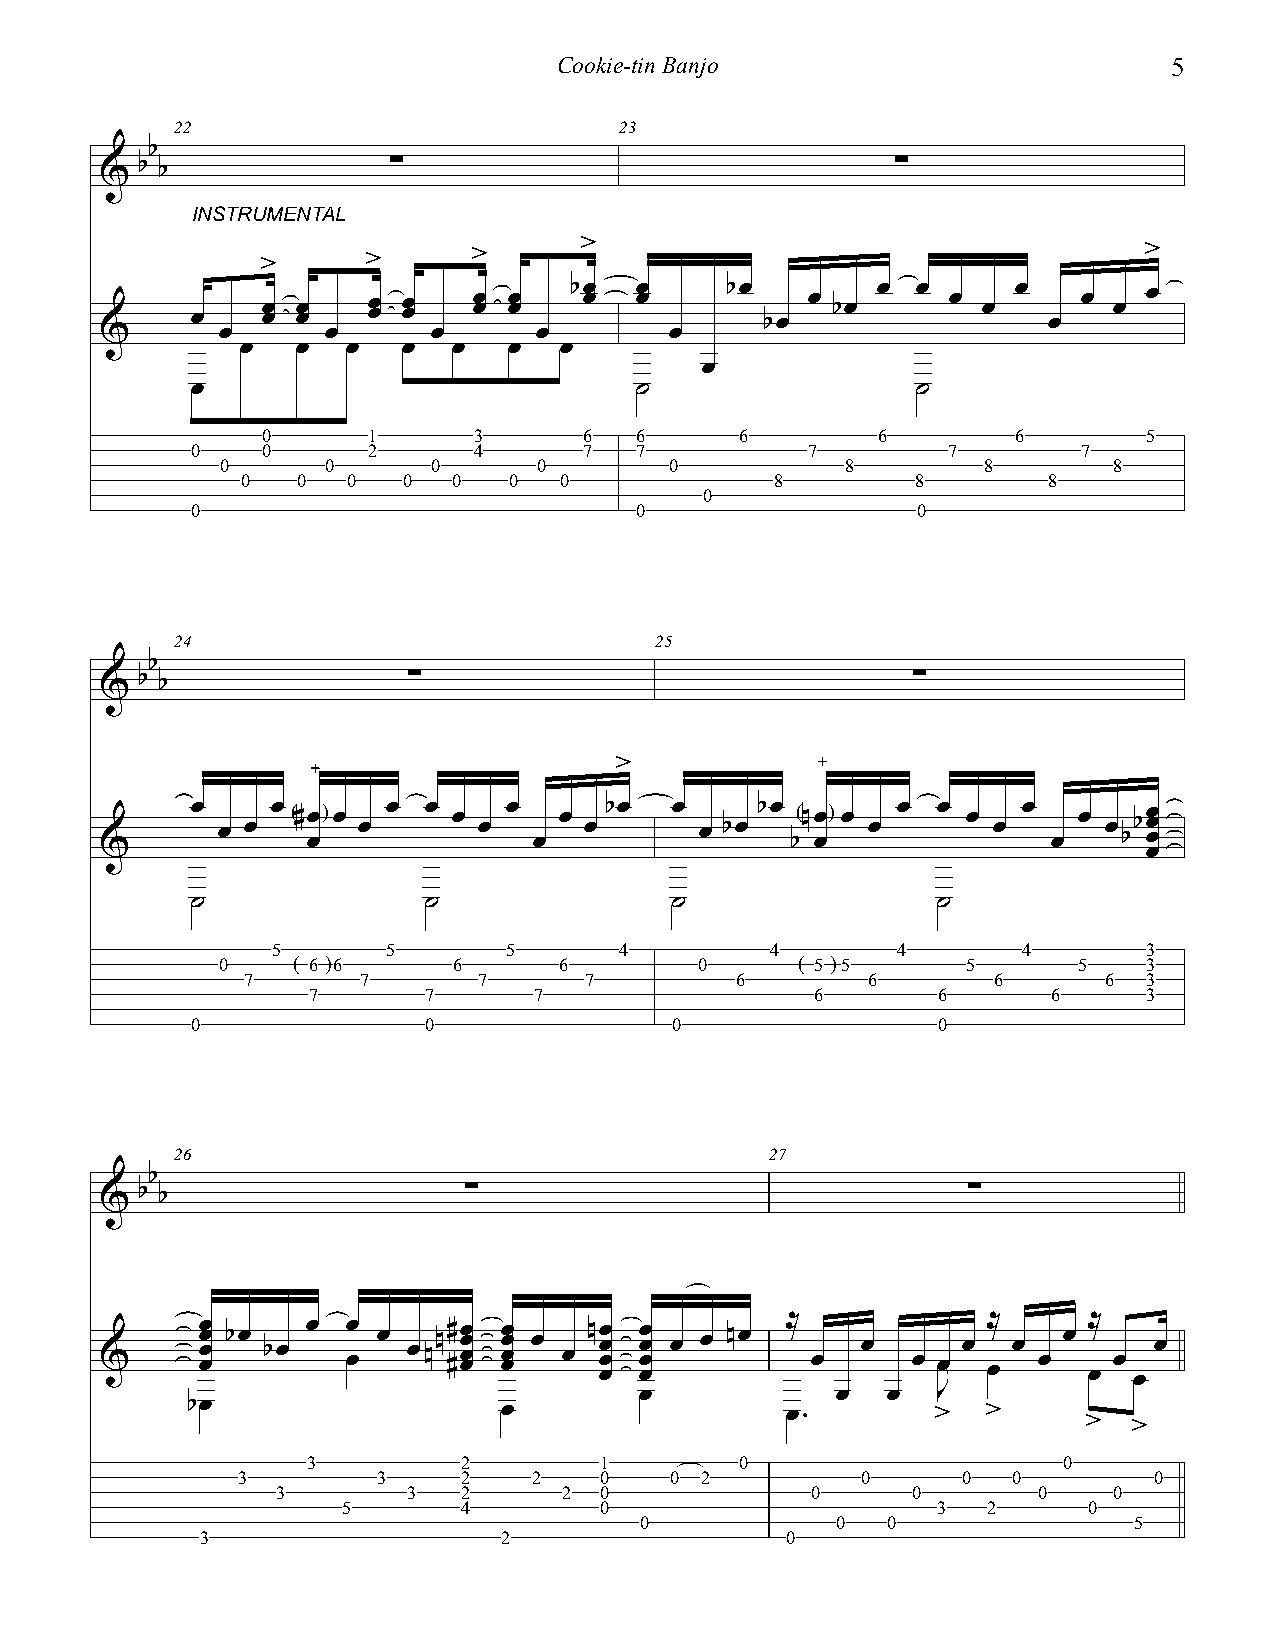
Cookie-tin Banjo                         5
 22                           23
 b
 & b b              ∑                               ∑
 INSTRUMENTAL
 >      >      >      >                                     >
 œ   œ œ œ œ œ œ œ œ œ œ œ œ bœ œ œ œ bœ bœ œ bœ œ œ œ œ œ œ œ œ œ
 &       œ      œ      œ     œ        œ
 œ   œ  œ   œ  œ   œ  œ
 œ
 œ                            ˙                  ˙
 0      1      3       6  6      6        6        6        5
 0   0      2      4       7  7          7         7        7
 0      0      0      0       0           8        8        8
 0   0  0   0  0   0  0             8         8       8
 0
 0                            0                  0
 24                             25
 b
 & b b               ∑                               ∑
 >
 &     œ œ œ œ ( # œ œ ) œ œ œ œ œ œ œ œ œ œ bœ œ œ bœ bœ b( n œ œ ) œ œ œ œ œ œ œ œ œ œ bbœ œ œ œ
 ˙              ˙               ˙                 ˙
 5       5       5      4         4       4        4       3
 0    ( 6 )6     6      6        0      ( 5 )5     5      5    3
 7       7       7      7         6       6        6      6  3
 7       7      7                  6       6       6     3
 0              0               0                 0
 26                                     27
 b
 & b b                   ∑                               ∑
 &     œ œ œ œ bœ bœ œ œ œ œ œnn ##œ œ œ œ œ œ œ œ œ œ nœ œ œ œ œ œ œ œ œ œ nœ ≈ œ œ œ œœ œ ≈ œ œ œ œ ≈ œ œ œ œ
 œ            œ   œ  J
 bœ                   œ                  œ.        >  >
 >  >
 3          2        1        0                    0
 3        3     2   2    0   0 2          0      0  0        0
 3        3   2     2  0             0     0        0    0
 5       4        0                     33 2      0
 0            0   0               5
 3                   2                  0